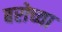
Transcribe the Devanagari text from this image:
बरोच्या